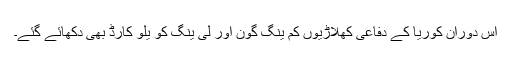
اس دوران کوریا کے دفاعی کھلاڑیوں کم ینگ گون اور لی ینگ کو یلو کارڈ بھی دکھائے گئے۔